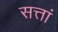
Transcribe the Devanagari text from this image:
सत्तां